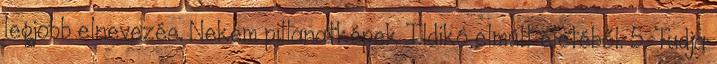
legjobb elnevezés. Nekem pillanatképek Ildikó elmúlt életéből. 5. Tudja